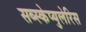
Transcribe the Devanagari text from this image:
सब्स्केप्युलेरिस